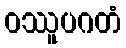
ဝဿူပဂတံ